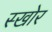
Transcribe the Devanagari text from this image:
स्खोर